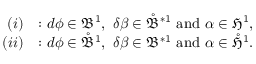
\begin{array} { r l } { ( i ) } & { : d \phi \in \mathfrak { B } ^ { 1 } , \ \delta \beta \in \mathring { \mathfrak { B } } ^ { \ast 1 } \ \mathrm { a n d } \ \alpha \in \mathfrak { H } ^ { 1 } , } \\ { ( i i ) } & { : d \phi \in \mathring { \mathfrak { B } } ^ { 1 } , \ \delta \beta \in \mathfrak { B } ^ { \ast 1 } \ \mathrm { a n d } \ \alpha \in \mathring { \mathfrak { H } } ^ { 1 } . } \end{array}